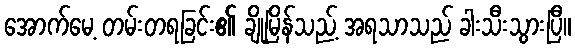
အောက်မေ့ တမ်းတရခြင်း၏ ချိုမြိန်သည့် အရသာသည် ခါးသီးသွားပြီ။